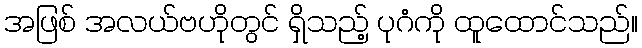
အဖြစ် အလယ်ဗဟိုတွင် ရှိသည့် ပုဂံကို ထူထောင်သည်။